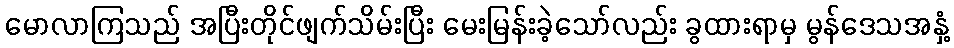
မောလာကြသည် အပြီးတိုင်ဖျက်သိမ်းပြီး မေးမြန်းခဲ့သော်လည်း ခွထားရာမှ မွန်ဒေသအနှံ့